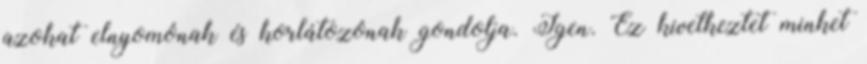
azokat elnyomónak és korlátozónak gondolja. Igen. Ez kivetkeztet minket